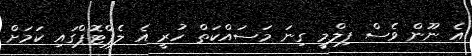
އެ ނޫން ވެސް ފިލްމީ ގިނަ މަސައްކަތް ހުރީ އެ ލެޕްޓޮޕްގައި ކަމަށް